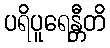
ပရိပူရေန္တီတိ